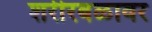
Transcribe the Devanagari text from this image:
शरीरबळावर